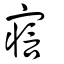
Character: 寣